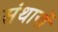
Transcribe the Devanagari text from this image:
संथानों